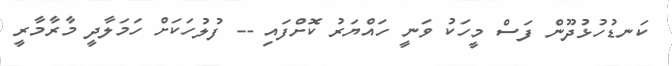
ކަނޑުހުޅުދޫން ފަސް މީހަކު ވަނީ ހައްޔަރު ކޮށްފައި -- ފުލުހަކަށް ހަމަލާދީ މާރާމާރީ